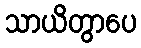
သာယိတွာပေ